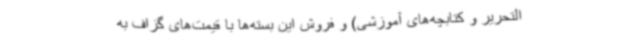
التحریر و کتابچه‌های آموزشی) و فروش این بسته‌ها با قیمت‌های گزاف به